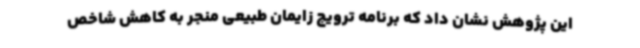
این پژوهش نشان داد که برنامه ترویج زایمان طبیعی منجر به کاهش شاخص